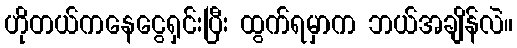
ဟိုတယ်ကနေငွေရှင်းပြီး ထွက်ရမှာက ဘယ်အချိန်လဲ။